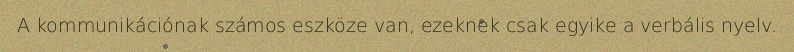
A kommunikációnak számos eszköze van, ezeknek csak egyike a verbális nyelv.